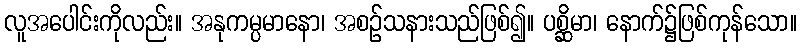
လူအပေါင်းကိုလည်း။ အနုကမ္ပမာနော၊ အစဉ်သနားသည်ဖြစ်၍။ ပစ္ဆိမာ၊ နောက်၌ဖြစ်ကုန်သော။